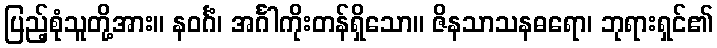
ပြည့်စုံသူတို့အား။ နဝင်္ဂံ၊ အင်္ဂါကိုးတန်ရှိသော။ ဇိနသာသနဓရော၊ ဘုရားရှင်၏